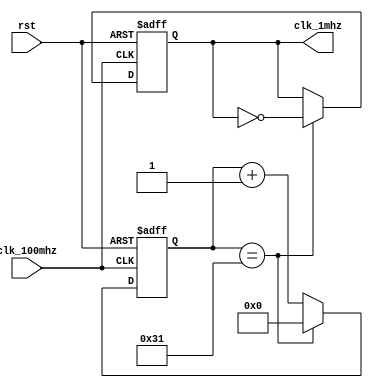
`timescale 1ns / 1ps

module clk_1mhz(
    input rst,
    input clk_100mhz,
    output reg clk_1mhz
    );

reg [6:0] count;

always @(posedge clk_100mhz or posedge rst)
if (rst) begin count<=0; clk_1mhz<=0; end
else if (count==49) begin clk_1mhz<=~clk_1mhz; count<=0; end
else count<=count+1;

endmodule